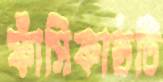
ফাঁসিকাষ্ঠটি